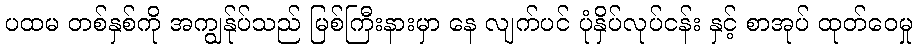
ပထမ တစ်နှစ်ကို အကျွန်ုပ်သည် မြစ်ကြီးနားမှာ နေ လျက်ပင် ပုံနှိပ်လုပ်ငန်း နှင့် စာအုပ် ထုတ်ဝေမှု